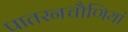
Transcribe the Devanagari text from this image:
पातरनचौणियां